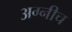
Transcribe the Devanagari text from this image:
अग्नीच